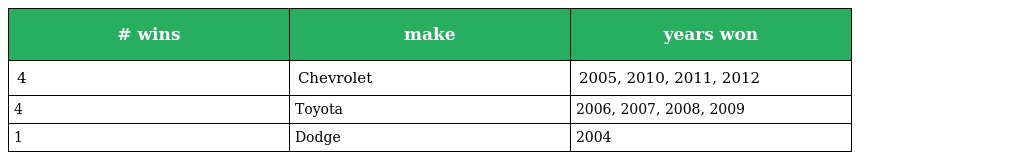
| # wins | make | years won |
 | --- | --- | --- |
 | 4 | Chevrolet | 2005, 2010, 2011, 2012 |
 | 4 | Toyota | 2006, 2007, 2008, 2009 |
 | 1 | Dodge | 2004 |